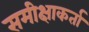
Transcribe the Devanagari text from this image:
समीक्षाकर्ता